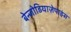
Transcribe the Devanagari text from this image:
बेन्जोडियाज़ेपाइंस